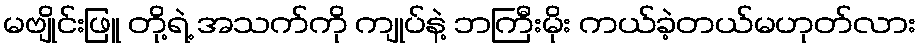
မဗျိုင်းဖြူ တို့ရဲ့ အသက်ကို ကျုပ်နဲ့ ဘကြီးမိုး ကယ်ခဲ့တယ်မဟုတ်လား